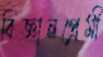
বিজ্ঞানপ্রেমী